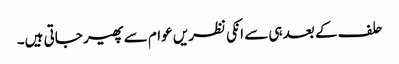
حلف کے بعد ہی سے انکی نظریں عوام سے پھیر جاتی ہیں۔